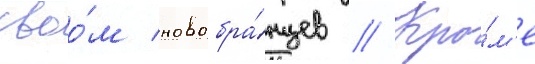
своо́м новобра́нцев // Кро́м'е